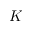
K